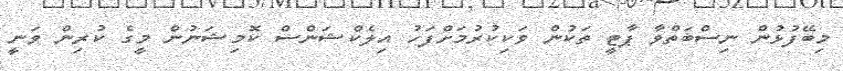
މިބޭފުޅުން ނިސްބަތްވާ ޕާޓީ ތަކުން ވަކިކުރުމަށްފަހު އިލެކްޝަންސް ކޮމިޝަނުން މީގެ ކުރިން ވަނީ